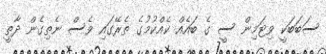
ސަބަބަކީ ވިޓަމިން ސީ ގެ ބައެއް ކެއްކުމުގެ ތެރޭގައި ވެސް ނެތިގެން ދާތީ